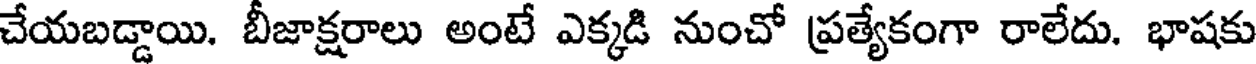
చేయబడ్డాయి. బీజాక్షరాలు అంటే ఎక్కడి నుంచో ప్రత్యేకంగా రాలేదు. భాషకు